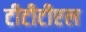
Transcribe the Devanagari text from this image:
टीटीटीएल